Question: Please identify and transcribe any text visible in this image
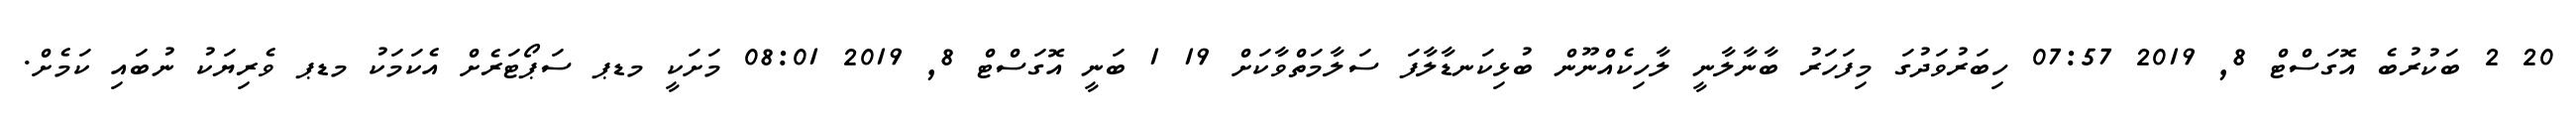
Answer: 20 2 ބަކުރުބެ އޮގަސްޓް 8, 2019 07:57 ހިބަރުވަދުގަ މިފަހަރު ބާނާލާނީ ލާހިކެއްނޫން ބުޅިކަނޑާލާފަ ސަލާމަތްވާކަށް 19 1 ބަނީ އޮގަސްޓް 8, 2019 08:01 މަށަކީ މޑޕ ސަޕޯޓަރެށް އެކަމަކު މޑޕ ވެރިޔަކު ނުބައި ކަމެށް.